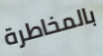
بالمخاطرة